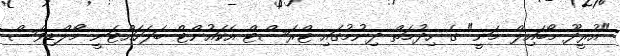
"އުރީދޫ މޯބައިލް މަނީ" ގެ ހިދުމަތް ދިނުމުގައި ޓްރަސްޓް އެކައުންޓް ބަލަހައްޓަނީ މޯލްޑިވްސް